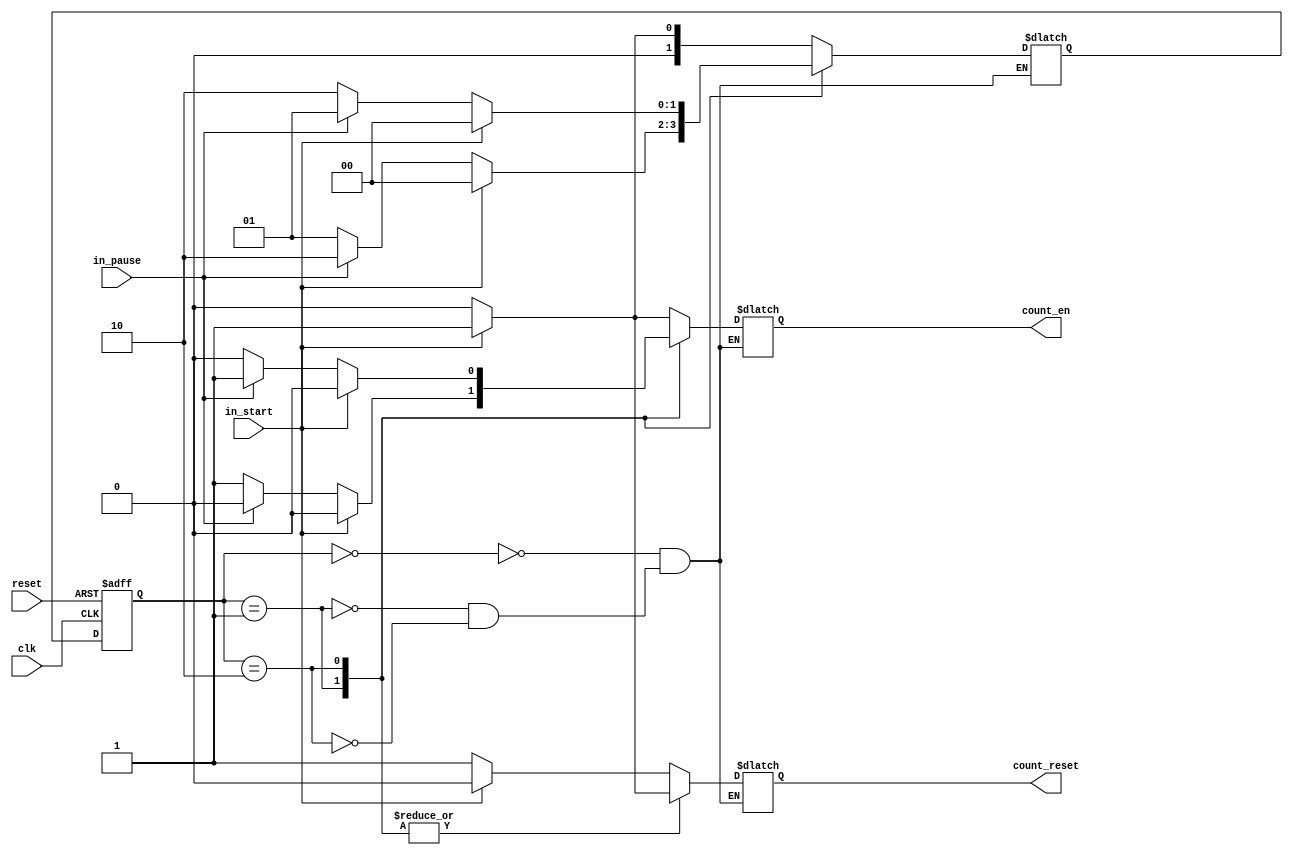
module FSM(
    input in_start,
    input in_pause,
    input reset,
    output count_reset,
    output count_en,
    input clk
    );
   
reg count_en, count_reset;
reg [1:0] state, next_state;

always @(state or in_start or in_pause)
begin
    case(state)
        2'b00:
        begin
            if (in_start)
            begin
                next_state = 2'b01;
                count_en = 1;
                count_reset = 0;
            end
            else
            begin
                next_state = 2'b00;
                count_en = 0;
                count_reset = 1;
            end
        end
        
        2'b01:
        begin
            if (in_start)
            begin
                next_state = 2'b00;
                count_en = 0;
                count_reset = 1;
            end
            else if (in_pause)
            begin
                next_state = 2'b10;
                count_en = 0;
                count_reset = 0;
            end
            else
            begin
                next_state = 2'b01;
                count_en = 1;
                count_reset = 0;
            end
        end
        
        2'b10:
        begin
            if (in_start)
            begin
                next_state = 2'b00;
                count_en = 0;
                count_reset = 1;
            end
            else if (in_pause)
            begin
                next_state = 2'b01;
                count_en = 1;
                count_reset = 0;
            end
            else
            begin
                next_state = 2'b10;
                count_en = 0;
                count_reset = 0;
            end
        end
    endcase
end

always @(posedge clk or negedge reset)
begin
    if(~reset)
        state = 2'b00;
    else
        state <= next_state;
end
    
endmodule